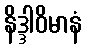
နိဒ္ဒါဝိမာနံ